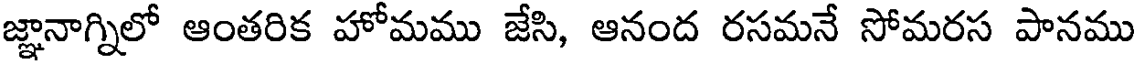
జ్ఞానాగ్నిలో ఆంతరిక హోమము జేసి, ఆనంద రసమనే సోమరస పానము